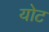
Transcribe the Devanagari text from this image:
योट